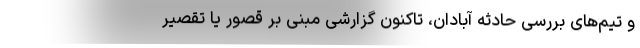
و تیم‌های بررسی حادثه آبادان، تاکنون گزارشی مبنی بر قصور یا تقصیر